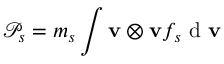
\mathcal { P } _ { s } = m _ { s } \int \mathbf { v } \otimes \mathbf { v } f _ { s } \mathrm { ~ d ~ } \mathbf { v }